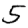
Digit: 5